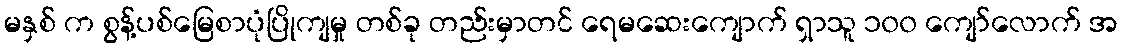
မနှစ် က စွန့်ပစ်မြေစာပုံပြိုကျမှု တစ်ခု တည်းမှာတင် ရေမဆေးကျောက် ရှာသူ ၁၀၀ ကျော်လောက် အ